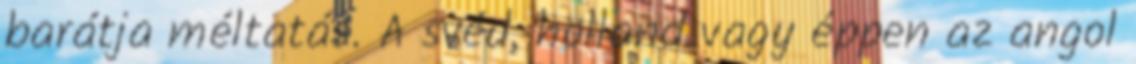
barátja méltatás. A svéd, holland vagy éppen az angol